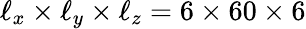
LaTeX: \ell_{x}\times\ell_{y}\times\ell_{z}=6\times 60\times 6